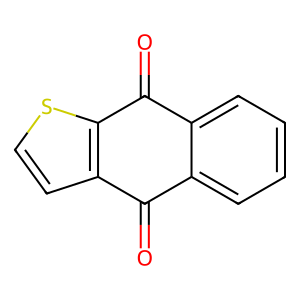
SMILES: O=C1c2ccccc2C(=O)c2sccc21
Inhibits HIV replication: No